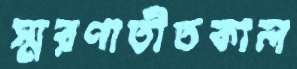
স্মরণাতীতকাল